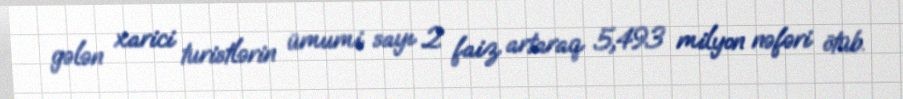
gələn xarici turistlərin ümumi sayı 2 faiz artaraq 5,493 milyon nəfəri ötüb.